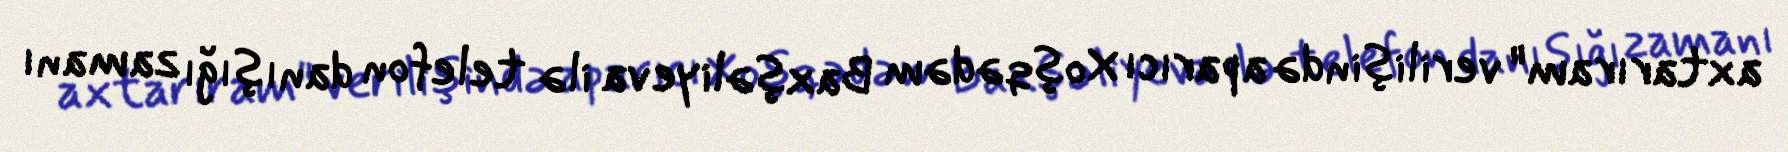
axtarıram" verilişində aparıcı Xoşqədəm Baxşəliyeva ilə telefon danışığı zamanı